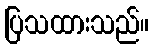
ပြသထားသည်။